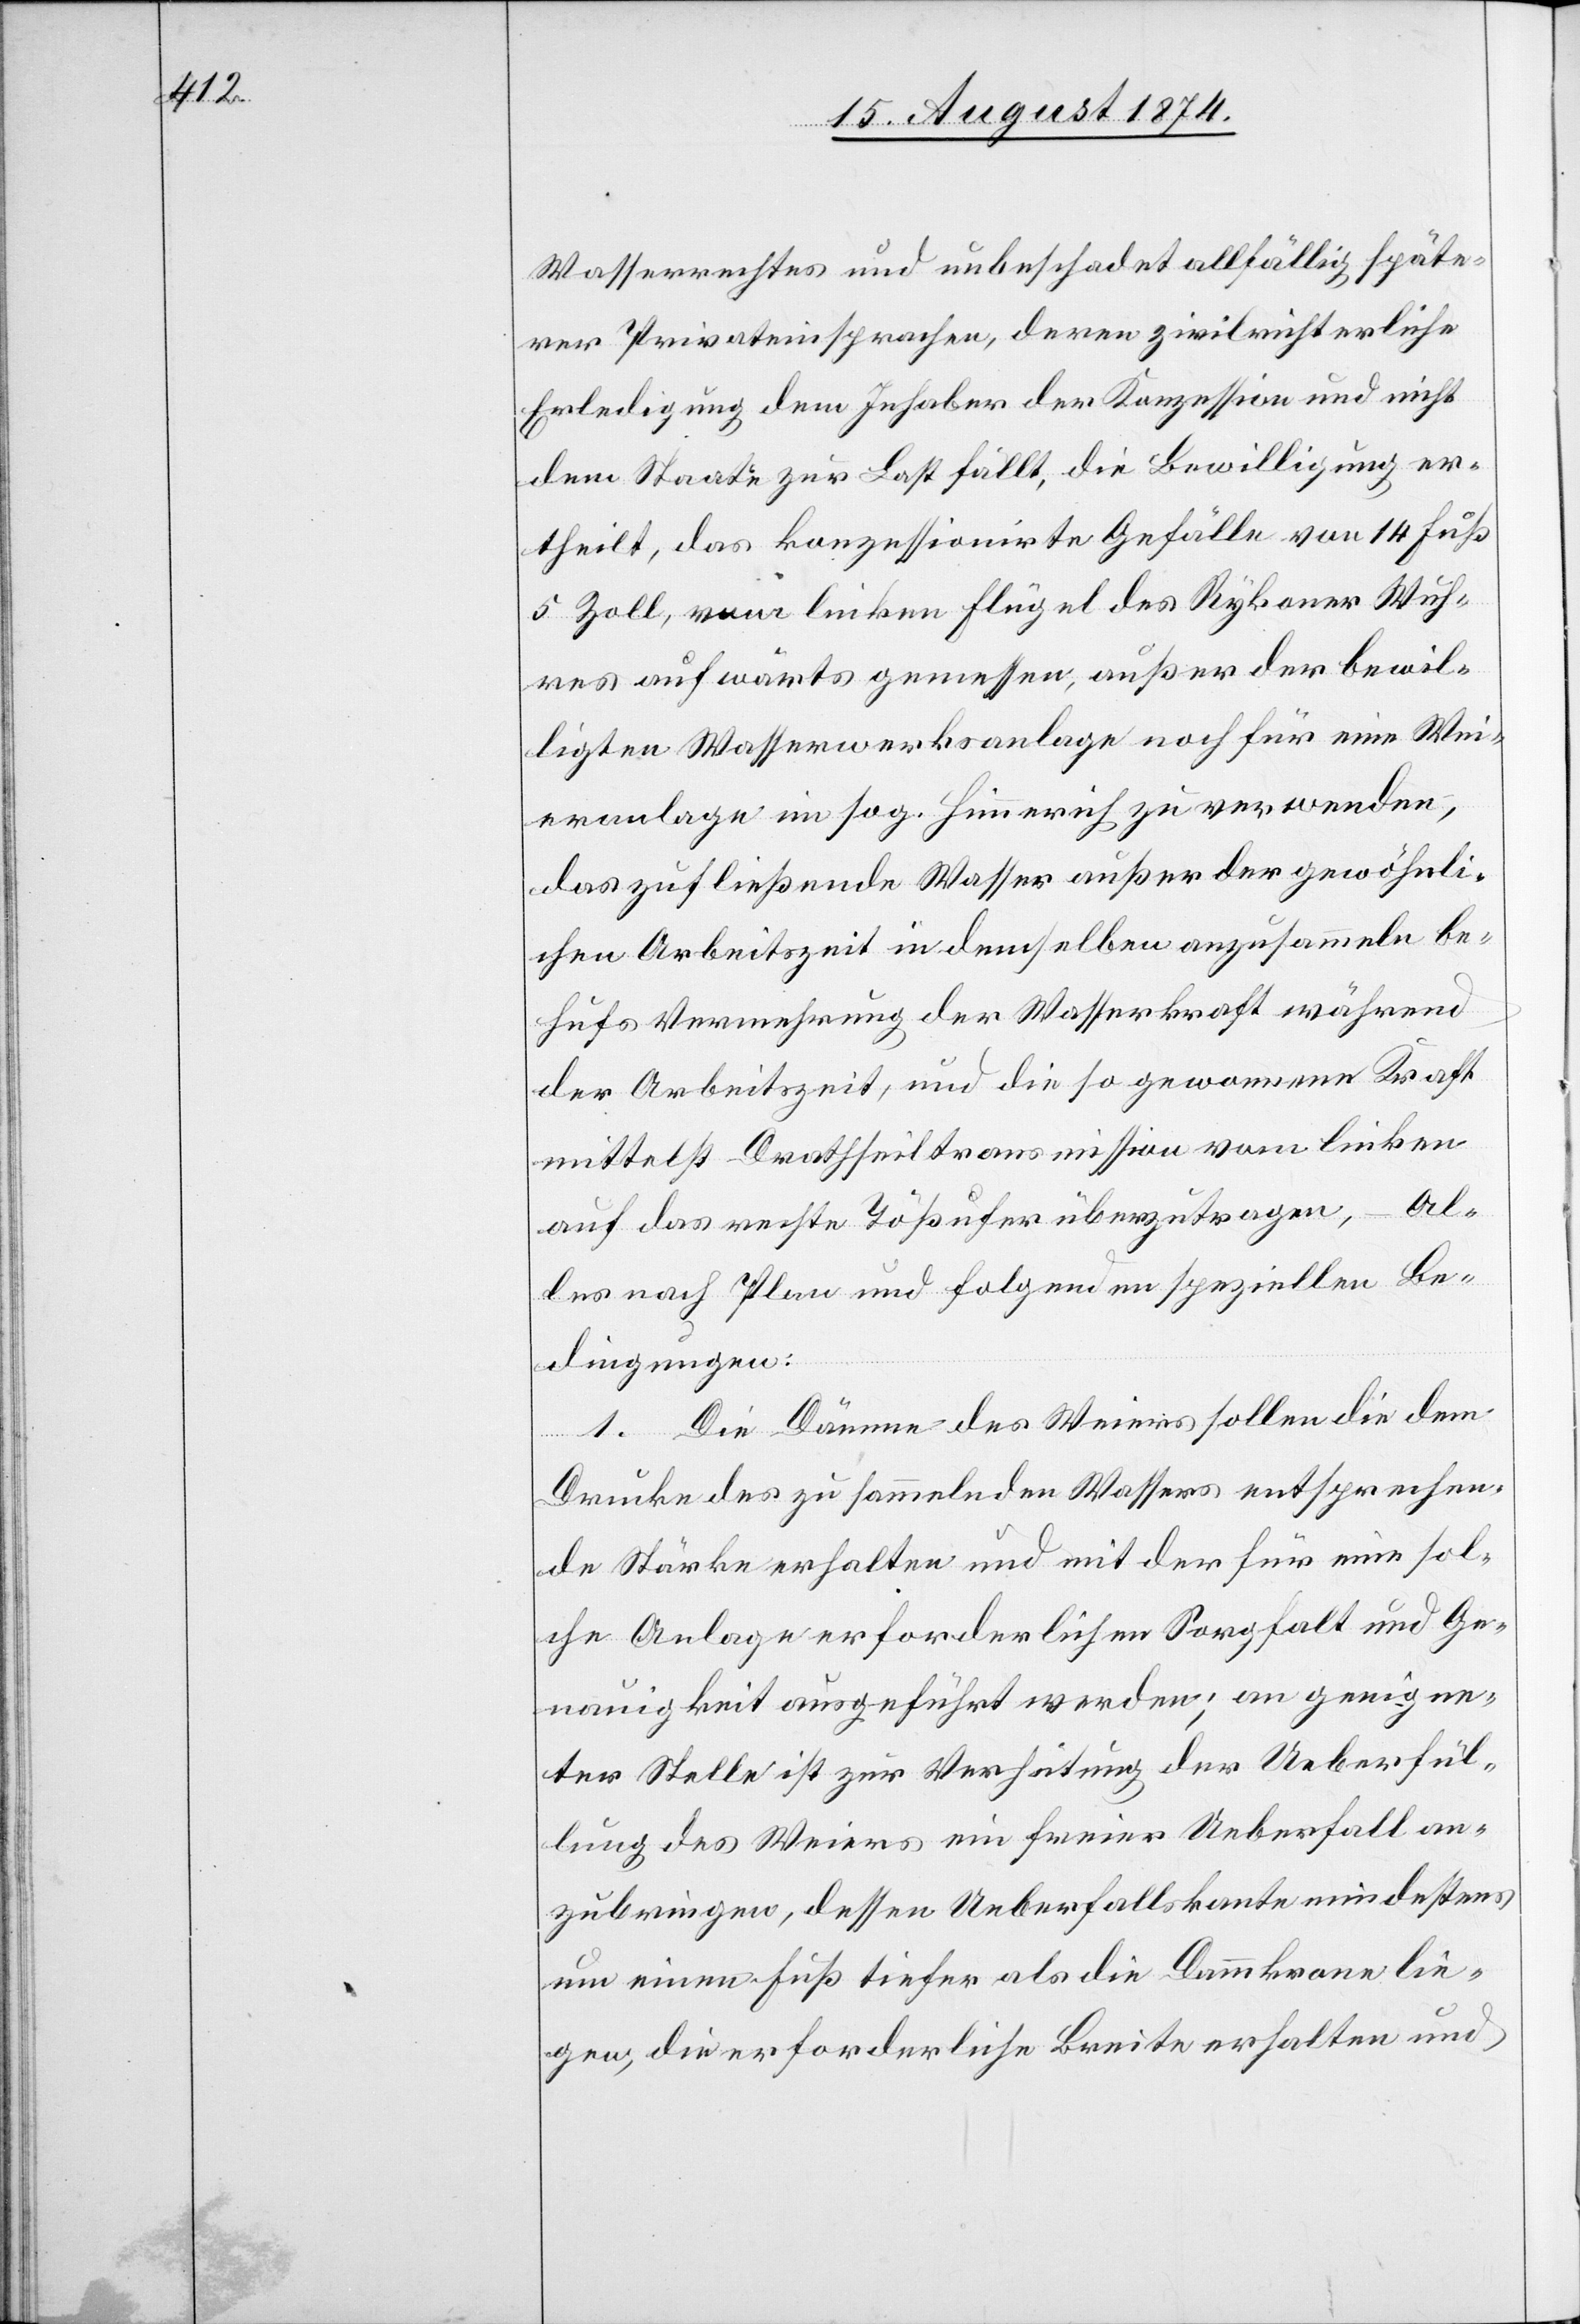
Wasserrechtes und unbeschadet allfällig späte¬
rer Privateinsprachen, deren zivilrichterliche
Erledigung dem Inhaber der Konzession und nicht
dem Staate zur Last fällt, die Bewilligung er¬
theilt, das konzessionirte Gefälle von 14 Fuß
5 Zoll, vom linken Flügel des Rykoner Wuh¬
res aufwärts gemessen, außer der bewil¬
ligten Wasserwerksanlage noch für eine Wei¬
eranlage im sog. Himmerich zu verwenden,
das zufließende Wasser außer der gewöhnli¬
chen Arbeitszeit in demselben anzusammeln be¬
hufs Vermehrung der Wasserkraft während
der Arbeitszeit, und die so gewonnene Kraft
mittelst Drathseiltransmission vom linken
Al¬
auf das rechte Tößufer überzutragen,
les nach Plan und folgenden speziellen Be¬
dingungen:
1. Die Dämme des Weiers sollen die dem
Drucke des zu sammelnden Wassers entsprechen¬
de Stärke erhalten und mit der für eine sol¬
che Anlage erforderlichen Sorgfalt und Ge¬
nauigkeit ausgeführt werden; an geeigne¬
ter Stelle ist zur Verhütung der Ueberfül¬
lung des Weiers ein freier Ueberfall an¬
zubringen, dessen Ueberfallskante mindestens
um einen Fuß tiefer als die Dammkrone lie¬
gen, die erforderliche Breite erhalten und